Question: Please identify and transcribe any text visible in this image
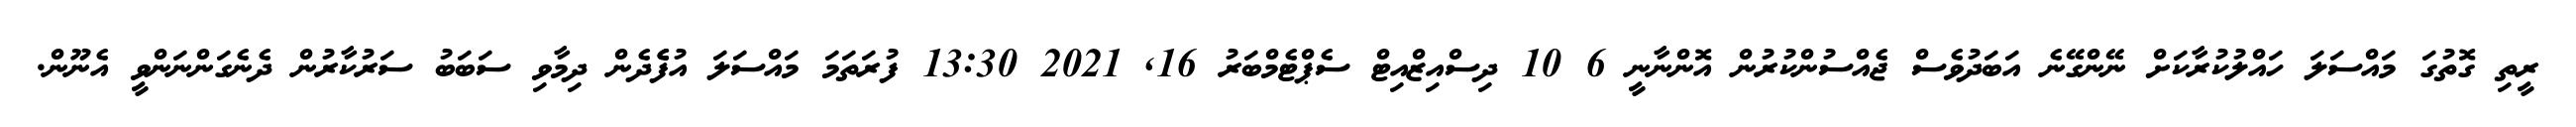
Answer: ރީތި ގޮތުގަ މައްސަލަ ހައްލުކުރާކަށް ނޭންގޭނެ އަބަދުވެސް ޖެއްސުންކުރުން އޮންނާނީ 6 10 ދިސްއިޒްއިޓް ސެޕްޓެމްބަރު 16, 2021 13:30 ފުރަތަމަ މައްސަލަ އުފެެދެން ދިމާވި ސަބަބު ސަރުކާރުން ދެނެގަންނަންވީ އެނޫން.